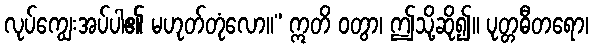
လုပ်ကျွေးအပ်ပါ၏ မဟုတ်တုံလော။” ဣတိ ဝတွာ၊ ဤသို့ဆို၍။ ပုတ္တဓီတရော၊